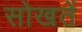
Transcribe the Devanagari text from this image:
सोखतें